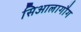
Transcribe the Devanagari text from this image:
सिआलागौग